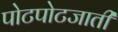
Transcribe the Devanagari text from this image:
पोटपोटजाती